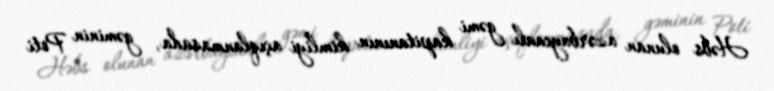
Həbs olunan azərbaycanlı gəmi kapitanının kimliyi açıqlanmasada, gəminin Poti